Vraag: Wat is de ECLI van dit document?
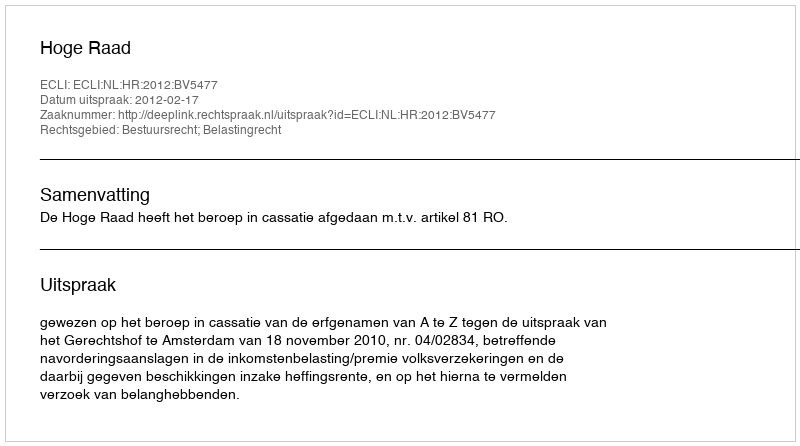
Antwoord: ECLI:NL:HR:2012:BV5477